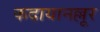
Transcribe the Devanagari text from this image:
कदायानल्लूर